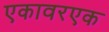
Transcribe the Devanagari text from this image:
एकावरएक